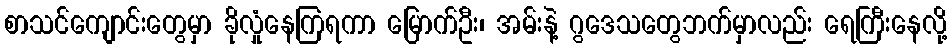
စာသင်ကျောင်းတွေမှာ ခိုလှုံနေကြရကာ မြောက်ဦး၊ အမ်းနဲ့ ဂွဒေသတွေဘက်မှာလည်း ရေကြီးနေလို့